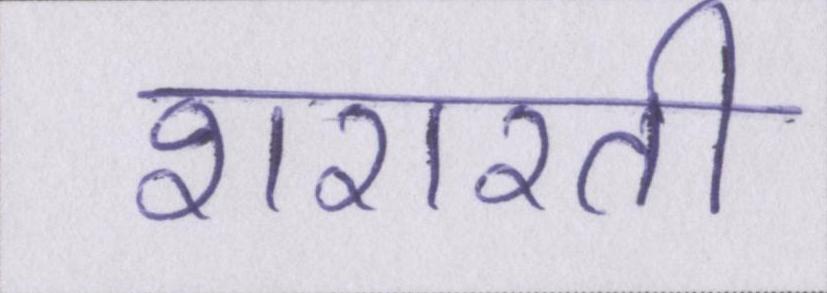
शरारती